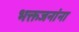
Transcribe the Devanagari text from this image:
भक्तजनांना